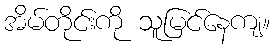
အိမ်တိုင်းကို သူမြင်နေကျ။